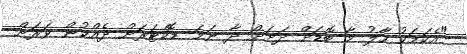
"އެކަމަކު ހާލު މާ ބޮޑަށް ދަށަށް ދާ ނަމަ ޑޮކްޓަރަށް ދެއްކުން ވަރަށް